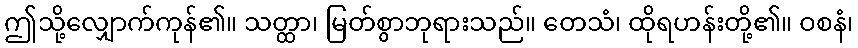
ဤသို့လျှောက်ကုန်၏။ သတ္ထာ၊ မြတ်စွာဘုရားသည်။ တေသံ၊ ထိုရဟန်းတို့၏။ ဝစနံ၊